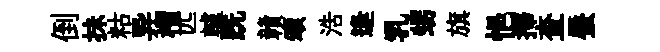
倒抺䊀异檟匹轤跣贛頌浩逢乳甥旗悒擇查蜃